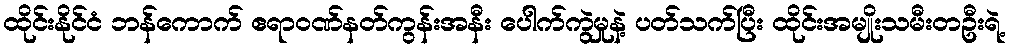
ထိုင်းနိုင်ငံ ဘန်ကောက် ဧရာဝဏ်နတ်ကွန်းအနီး ပေါက်ကွဲမှုနဲ့ ပတ်သက်ပြီး ထိုင်းအမျိုးသမီးတဦးရဲ့